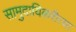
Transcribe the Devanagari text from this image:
सामुदायिकरीत्या